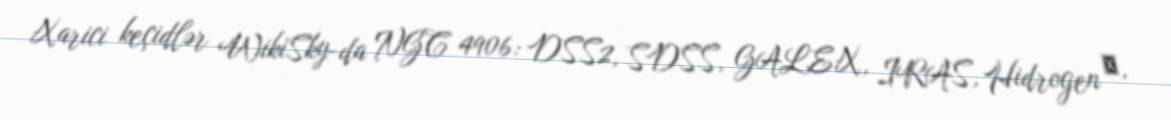
Xarici keçidlər WikiSky-da NGC 4906: DSS2, SDSS, GALEX, IRAS, Hidrogen α,